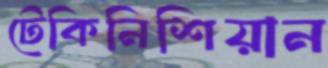
টেকিনিশিয়ান